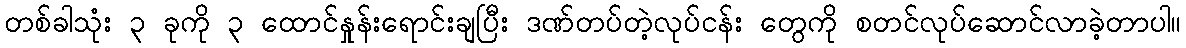
တစ်ခါသုံး ၃ ခုကို ၃ ထောင်နှုန်းရောင်းချပြီး ဒဏ်တပ်တဲ့လုပ်ငန်း တွေကို စတင်လုပ်ဆောင်လာခဲ့တာပါ။